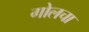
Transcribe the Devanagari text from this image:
गोलचा